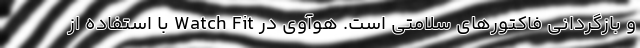
و بازگردانی فاکتورهای سلامتی است. هوآوی در Watch Fit با استفاده از